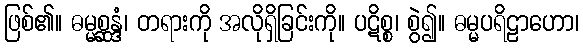
ဖြစ်၏။ ဓမ္မစ္ဆန္ဒံ၊ တရားကို အလိုရှိခြင်းကို။ ပဋိစ္စ၊ စွဲ၍။ ဓမ္မပရိဠာဟော၊